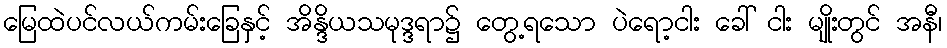
မြေထဲပင်လယ်ကမ်းခြေနှင့် အိန္ဒိယသမုဒ္ဒရာ၌ တွေ့ရသော ပဲရော့ငါး ခေါ် ငါး မျိုးတွင် အနီ၊